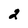
Character: 2